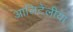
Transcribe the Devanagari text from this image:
आलिटेलीया